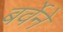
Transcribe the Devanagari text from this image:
बर्वेने